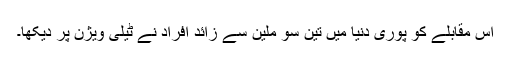
اس مقابلے کو پوری دنیا میں تین سو ملین سے زائد افراد نے ٹیلی ویژن پر دیکھا۔